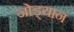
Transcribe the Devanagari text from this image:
जोड्यानं